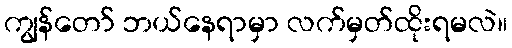
ကျွန်တော် ဘယ်နေရာမှာ လက်မှတ်ထိုးရမလဲ။